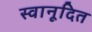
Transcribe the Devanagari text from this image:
स्वानूदित